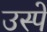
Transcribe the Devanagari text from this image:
उस्पे